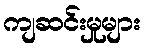
ကျဆင်းမှုများ